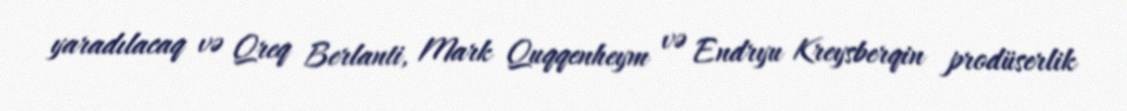
yaradılacaq və Qreq Berlanti, Mark Quqqenheym və Endryu Kreysberqin prodüserlik